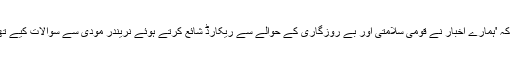
اے بی پی گروپ جو 'دی ٹیلی گراف' اخبار شائع کرتا ہے، کے 2 حکام نے بتایا کہ 'ہمارے اخبار نے قومی سلامتی اور بے روزگاری کے حوالے سے ریکارڈ شائع کرتے ہوئے نریندر مودی سے سوالات کیے تھے، ہمیں گزشتہ 6 ماہ میں سرکاری اشتہارات میں 15 فیصد کمی کا سامنا ہے'۔